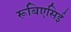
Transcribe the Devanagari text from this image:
रूबिएसिई